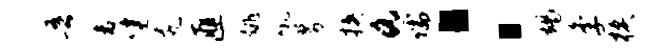
吾舍健尻匪姚吼募挟a儒：竭季模